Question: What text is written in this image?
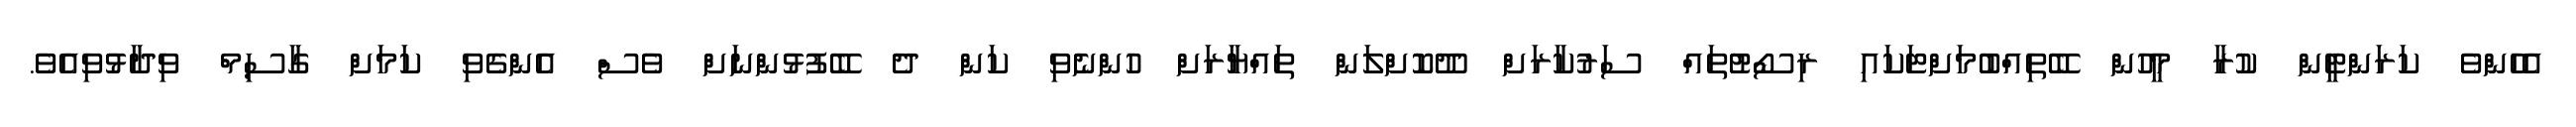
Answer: އެހެންވެ ކަރަންޓީން ކުރާ މީހުން ބޭތިއްބުމަށްޓަކައި ރިސޯޓުތައް ސަރުކާރަށް ދޫކޮށްލަން ތައްޔާރަށް ހުންނެވި ކަން ދެ ބޭފުޅުންނަށް ވެސް އެންގެވި ކަމަށް ގާސިމް ވިދާޅުވިއެވެ.